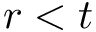
r < t